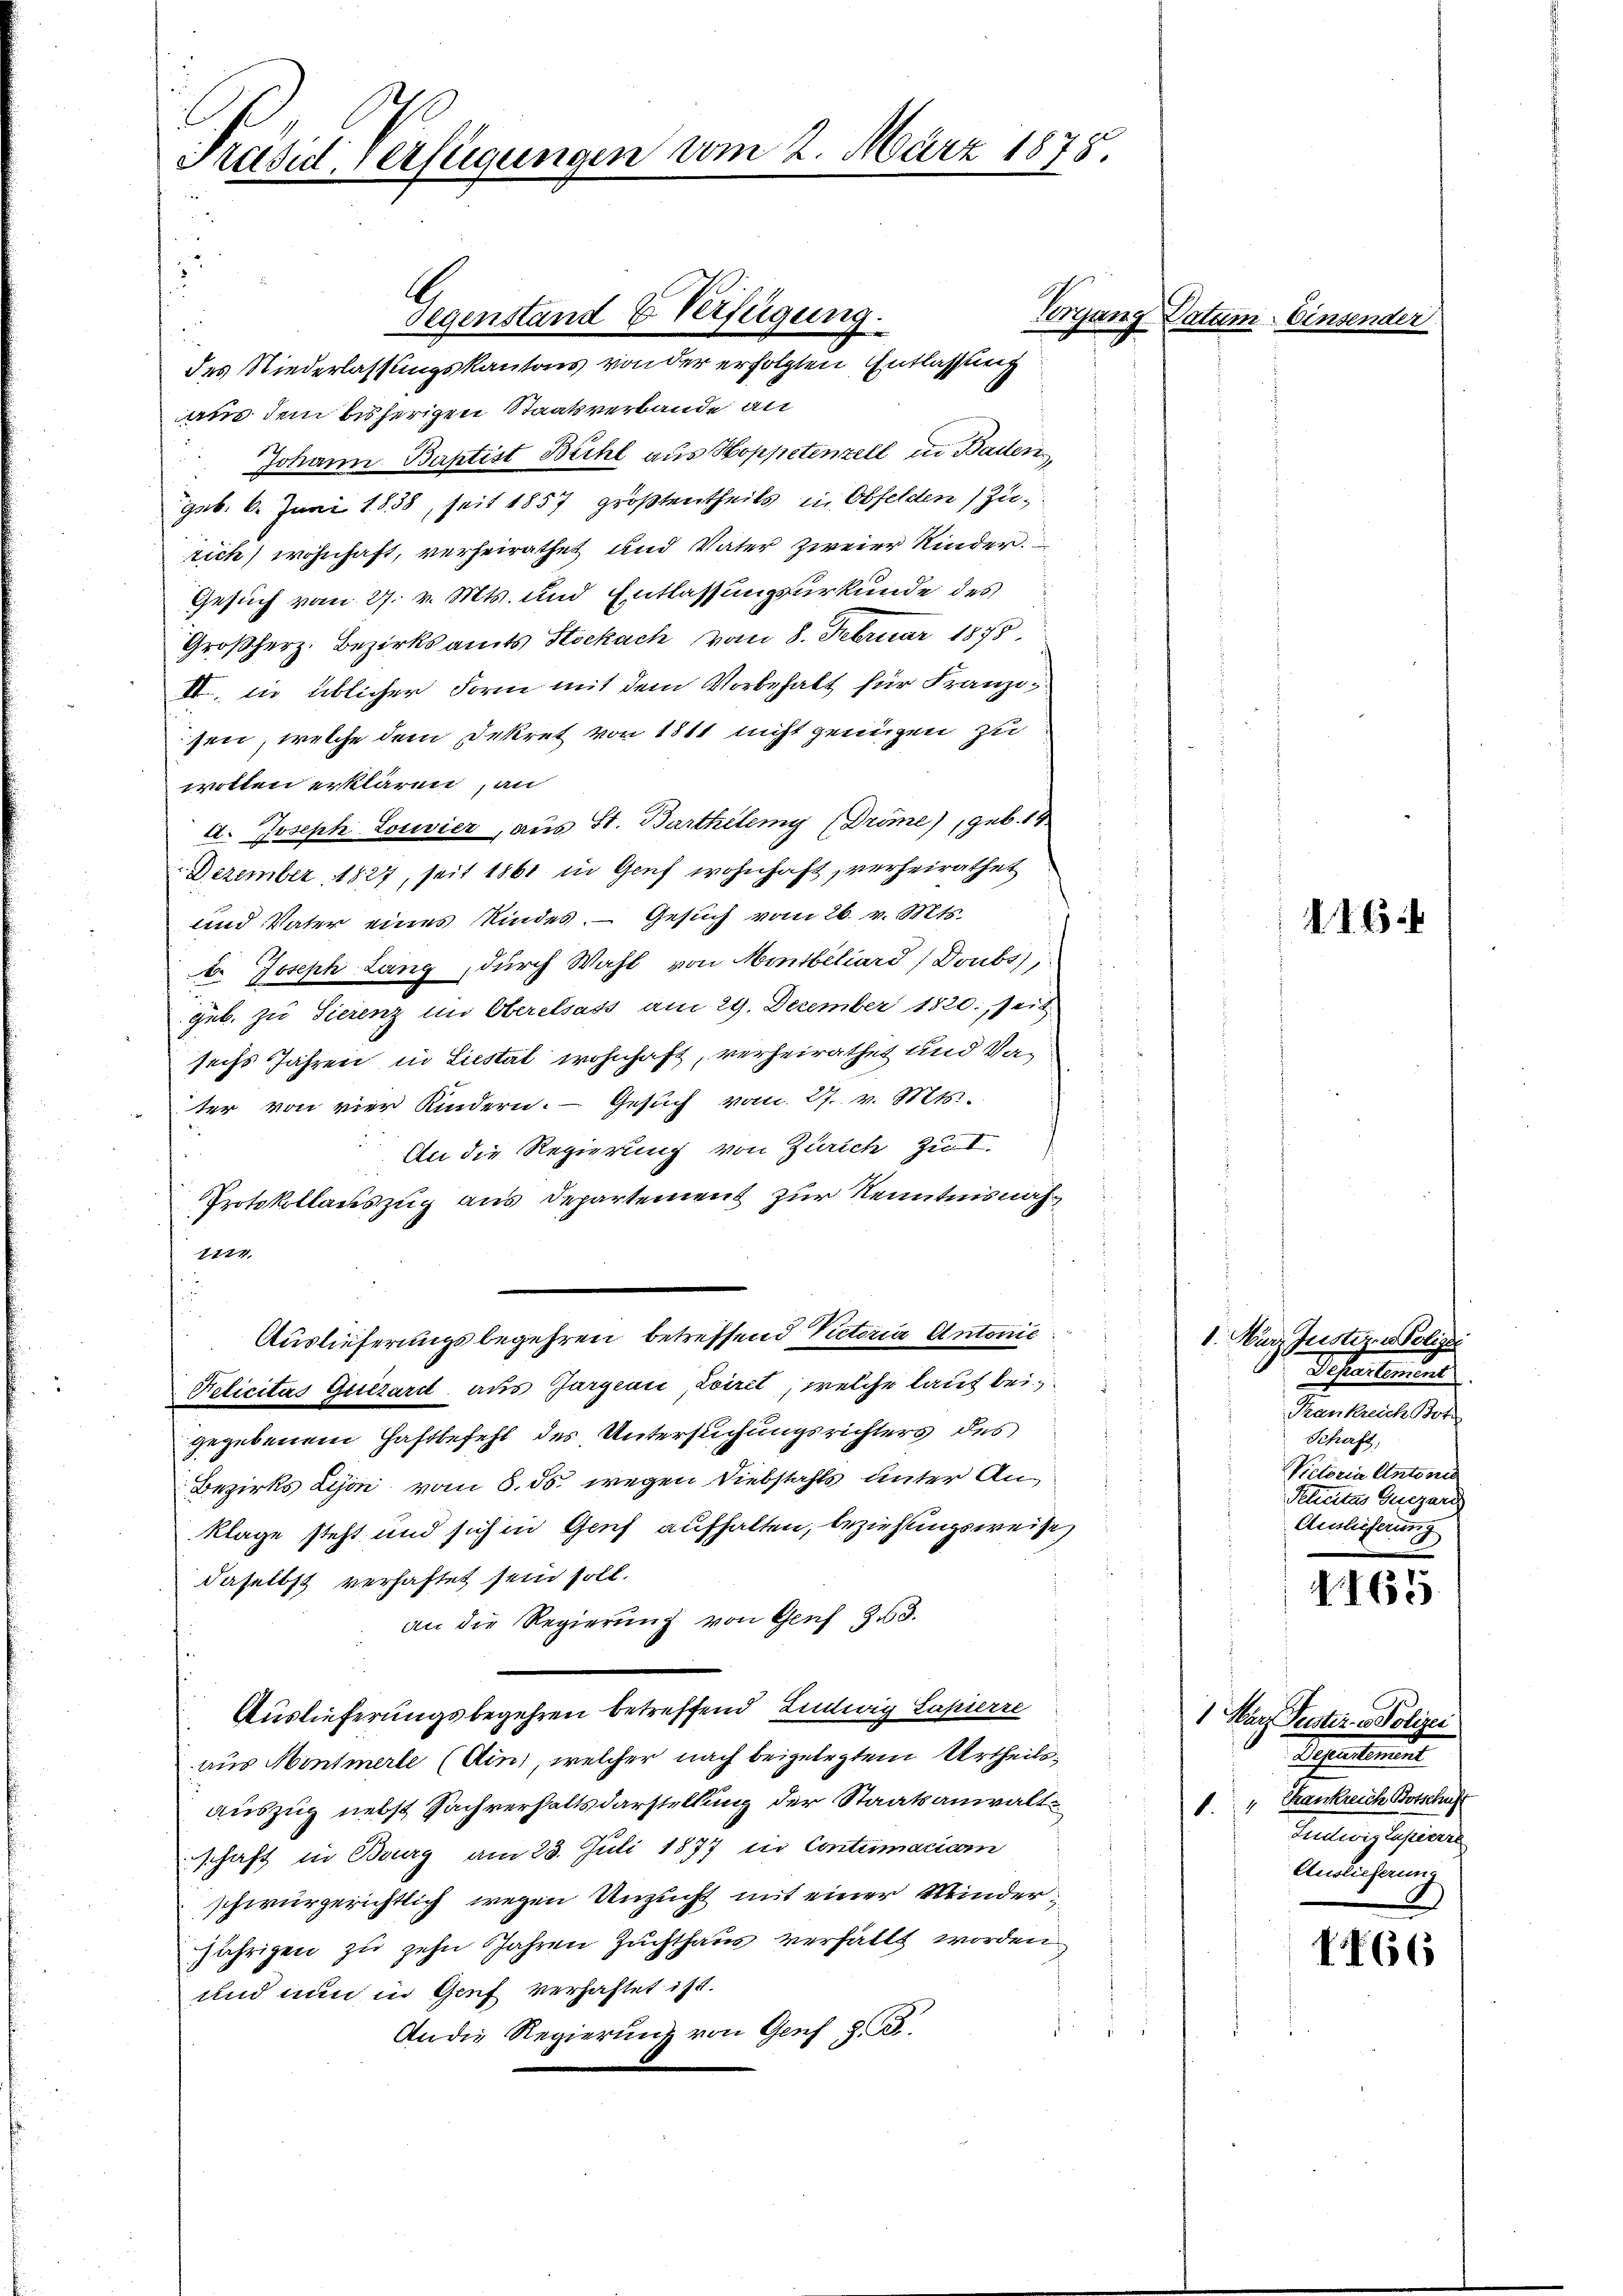
Prasil Verfügungen vom 2. März 1875

2
.
aus dem bisherigen Staatsverbande an
Johann Baptist Bühl aus Hoppetenzell in Baden,
geb. 6. Juni 1838, seit 1857 größtentheils in Obfelden Zurich) wohnhaft, verheirathet und Vater zweier Kinder.
Gesuch vom 27. v. Mts. und Entlassungsurkunde des
Großherz. Bezirksamts Stockach vom 8. Februar 1875
II. in üblicher Form mit dem Vorbehalt für Franzi
sen, welche dem Dekret von 1811 nicht genügen zu
wollen erklären, an
A. Joseph Losevier, aus St. Barthilemy (Drime), geb. 19
Dezember 1827, seit 1861 in Genf wohnhaft, verheirathet
und Vater eines Kindes. — Gesuch vom 26. v. Mts.
b. Joseph Lang, durch Wahl von Montbiliard/Doubs),
gub. zu Tierenz im Oberelsass am 29. December 1820. Seit
sechs Jahren in Liestät wohnhaft, verheirathet und Vater von vier Kindern. Gesuch vom 27. v. Mts.
 An die Regierung von Zürich zu I.
Protokollauszug aus Departement zur Kenntnis näh
1114.
u
Auslieferungsbegehren betreffend Victoria Antonie

Pelicitas Quisard aus Jurgenić Loiret, welche lauf bei
gegebenem Haftbefehl des Untersuchungsrichters des
Bezirks Lison vom 5. ds. wegen Diebstahls unter An¬
Klage steht und sich in Genf aufhalten, beziehlingsweise,
daselbst verhaftet sein soll.
an die Regierung von Genf 13.
Auslieferungsbegehren betreffend Ludwig Lapierre
aus Montmerle (Ain, welcher nach beigelegtem Urtheilsauszug nebst Sachverhaltsdarstellung der Staatsanwaltschaft in Burg am 23. Juli 1877 in Contumacican
schwurgerichtlich wegen Unzucht mit einer Minder
jährigen zu zehn Jahren Zuchthaus verfällt worden
und nun in Genf verhaftet ist.
An die Regierung von Genf z. B.

Gegenstand & Verfügung.
des Niederlassungskantons von der erfolgten Entlassung

Vorgang Datum. Ein

16

1. März Justiz & Polizei
Scheinund
Frankreich Bot
Schaft,
Victoria Antone
Pehuitas Quezard
Auslieferung

1165

1 Marz Sentir - Polizei
Sehentinue
" Krankreich Botschust
Teilung sind
Auslieferung
2)

1466